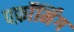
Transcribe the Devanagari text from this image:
पर्फ़ॉर्मिंग